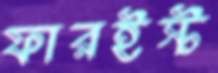
ফারইস্ট